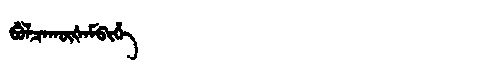
Manchu: ᠪᡠᠯᠴᠠᡴᡡᡧᠠᠮᠪᡳᡥᡝ
Romanization: BULCAKŪŠAMBIHE